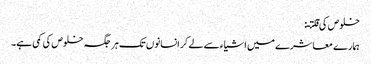
خلوص کی قلتـ:
ہمار ے معاشرے میں اشیاء سے لے کر انسانوں تک ہر جگہ خلوص کی کمی ہے۔